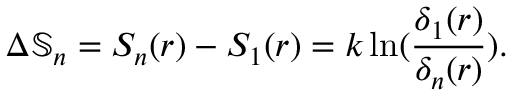
\Delta \mathbb { S } _ { n } = S _ { n } ( r ) - S _ { 1 } ( r ) = k \ln ( { \frac { \delta _ { 1 } ( r ) } { \delta _ { n } ( r ) } } ) .